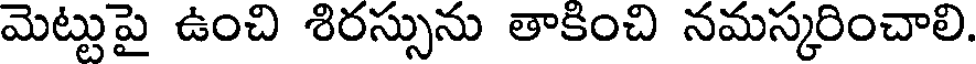
మెట్టుపై ఉంచి శిరస్సును తాకించి నమస్కరించాలి.